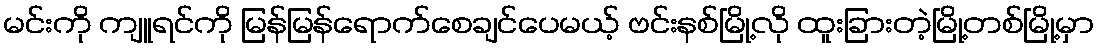
မင်းကို ကျူရင်ကို မြန်မြန်ရောက်စေချင်ပေမယ့် ဗင်းနစ်မြို့လို ထူးခြားတဲ့မြို့တစ်မြို့မှာ